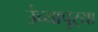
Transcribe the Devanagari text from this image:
उंच्यापुऱ्या